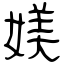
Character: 媄